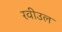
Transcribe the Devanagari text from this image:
रवीउल